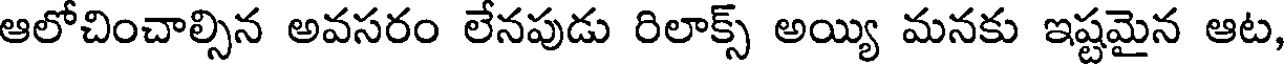
ఆలోచించాల్సిన అవసరం లేనపుడు రిలాక్స్ అయ్యి మనకు ఇష్టమైన ఆట,